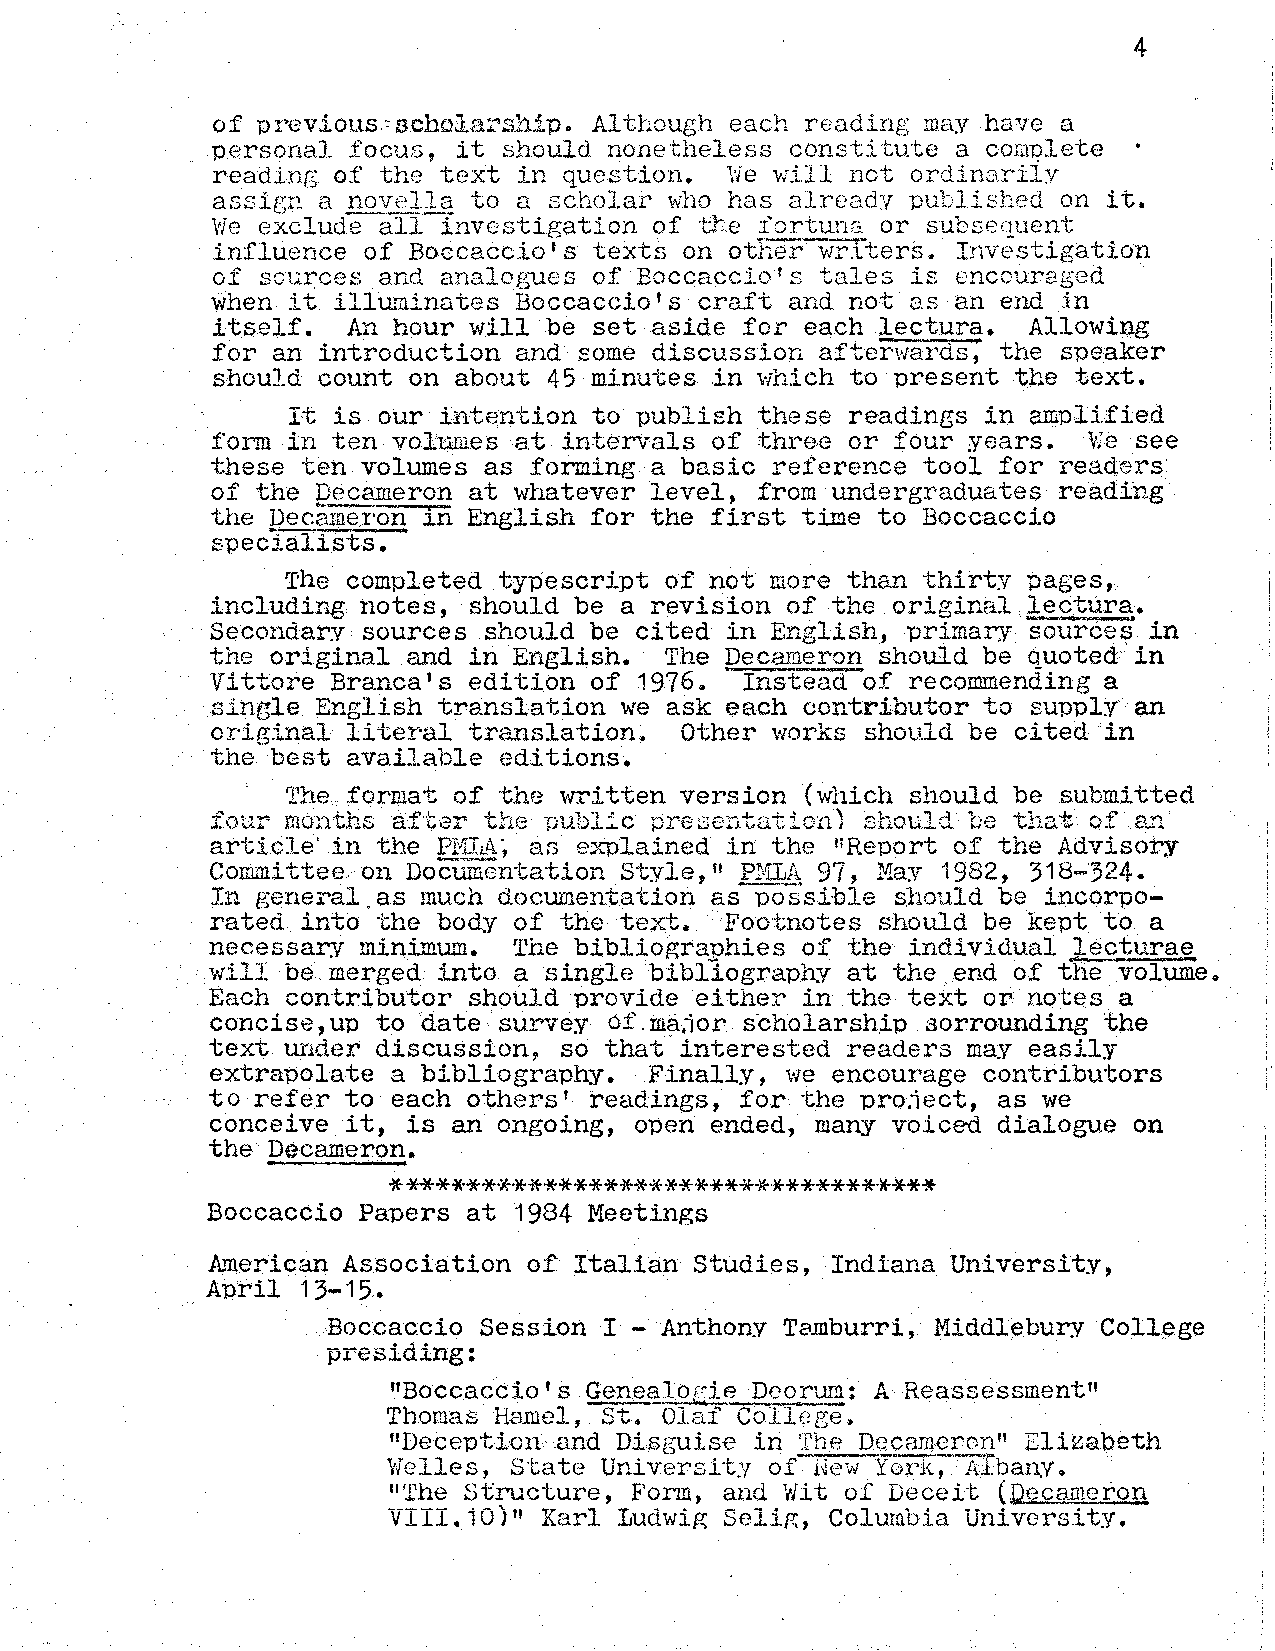
4
 of previous.:schblarsh1p. Although each reading may have a
 personal focus , it should nonetheless constitute a cor[fQlete
 reading of the text in question.  \'Ie viiIl not ordinarily
 assigr!. a nove+la to a scholar who has already published on it.
 We exclude all investigation of the lortuna or subsequent
 influence of Boccaccio's texts on other wrIters.  Investigation
 of sources and analogues of Boccaccio's tales is encouraged
 when it illuminates Boccaccio's craft and not as an end in
 itself.  An hour will be set aside for each lectura.  AllowiIfg
 for an introduction and some discussion afterwards; the speaker
 should count on about 45 minutes in which to present the text.
 It is our intention to publish these readines in amplified
 form in ten volumes at intervals of three or four years.  vi'e see
 these ten volumes as forming a basic reference tool for readers
 of the 12ecameron at whatever level, from undergraduates reading
 the pecameron in English for the first time to Boccaccio
 speclalists.
 The completed typescript of not more than thirty pages,
 including notes, should be a revision of the original
 lec~ura.
 Secondary sources should be cited in English, primary sources in
 the original and in English.  The           should be quoted in
 pecamer~
 Vittore Branca's edition of 1976.  Instead of recommending a
 single English translation we ask each contributor to supply an
 original literal translation   Other works        be cited in
 shou~d
 $
 the best available editions.
 The format of the written version (Wllich should be submitted
 fOLlr m011ths af't;er tIle ptlblic: pre;3cl1tation) -should l;e ~t:r.tat of an
 article' in the      as explained in the IIReport of the Advisory
 PIlI1i\~
 Committee on Doct.iiUentat;ion Style, PI'1LA. 97, May 1982, 318-·324.
 II
 In general.as much documentation as possible should be incorpo
 rated into the body of the text.  Foot;notes should be kept to a
 necessary           The bibliographies of the individual
 m~nl.Illum.                                    J.ec.turae~
 will be merged into a single bibliography at the end of the volume.
 Each contributor should provide either in the text or notes a
 concise, up to date surlTey of. ma.ior s·cholarship sorrounding the
 text under discussion, so that interested readers may easily
 extrapolate a bibliograph.y. Finally, we encourage contributors
 to refer to each others' readings, for the pro.iect, as we
 conceive it, is an ongoing, open ended, many voiced dialogue on
 the Decameron.
 *
 ******.~******************.******.****
 Boccaccio Papers at 1984 Meetings
 ATJlerican Association of Italian Studies, Indiana University,
 April 13-15.
 Boccaccio Session I - Anthon.Y Tamburri, Middlebury College
 presiding:
 flBoccaccio's GenealogieDeo,ruf!!: A Reassessment"
 Thomas Hamel, st. Olaf College.
 "Deception and Disguise in The Decameron" Elizapeth
 Welles, state Uni versit :r o[ New YorK, A"Iban.v.
 liThe structure, Form, and \'lit of Deceit (Dec3.rneron
 VIII.iO)li Karl Ludwig Selig, Columb.ia University.